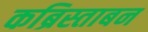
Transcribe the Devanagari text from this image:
कब्रिस्ताबन